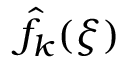
\hat { f } _ { k } ( \xi )